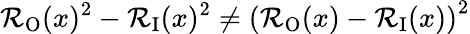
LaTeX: \mathcal{R}_{\mathrm{{O}}}(x)^{2}-\mathcal{R}_{\mathrm{{I}}}(x)^{2}\neq\left(\mathcal{R}_{\mathrm{{O}}}(x)-\mathcal{R}_{\mathrm{{I}}}(x)\right)^{2}